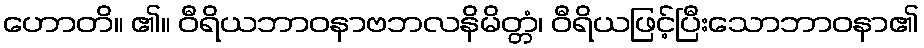
ဟောတိ။ ၏။ ဝီရိယဘာဝနာဗဘလနိမိတ္တံ၊ ဝီရိယဖြင့်ပြီးသောဘာဝနာ၏